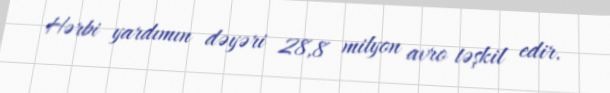
Hərbi yardımın dəyəri 28,8 milyon avro təşkil edir.